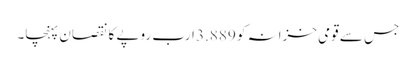
جس سے قومی خزانہ کو 3.889 ارب روپے کا نقصان پہنچا۔